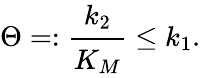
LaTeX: \Theta=:\cfrac{k_{2}}{K_{M}}\leq k_{1}.